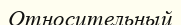
Относительный